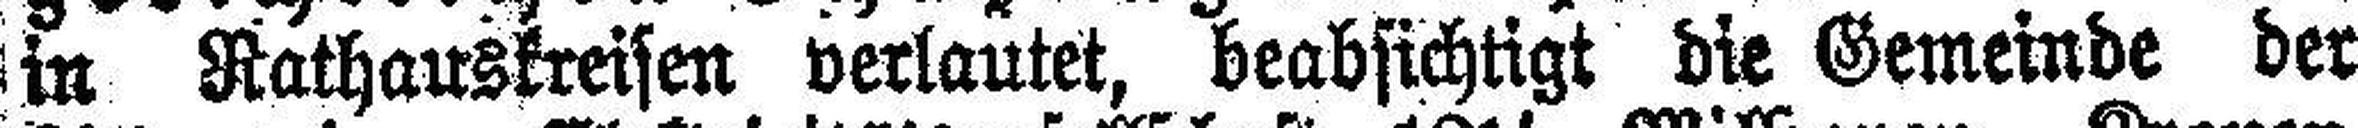
in Rathauskreisen verlautet, beabsichtigt die Gemeinde der